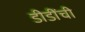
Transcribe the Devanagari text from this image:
डीडींची